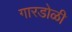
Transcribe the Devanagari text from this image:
गारडोळी